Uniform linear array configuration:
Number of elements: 64
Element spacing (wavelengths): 1
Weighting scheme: cosine
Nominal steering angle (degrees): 0
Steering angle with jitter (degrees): -1.796
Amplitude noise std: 0.05
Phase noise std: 0.05

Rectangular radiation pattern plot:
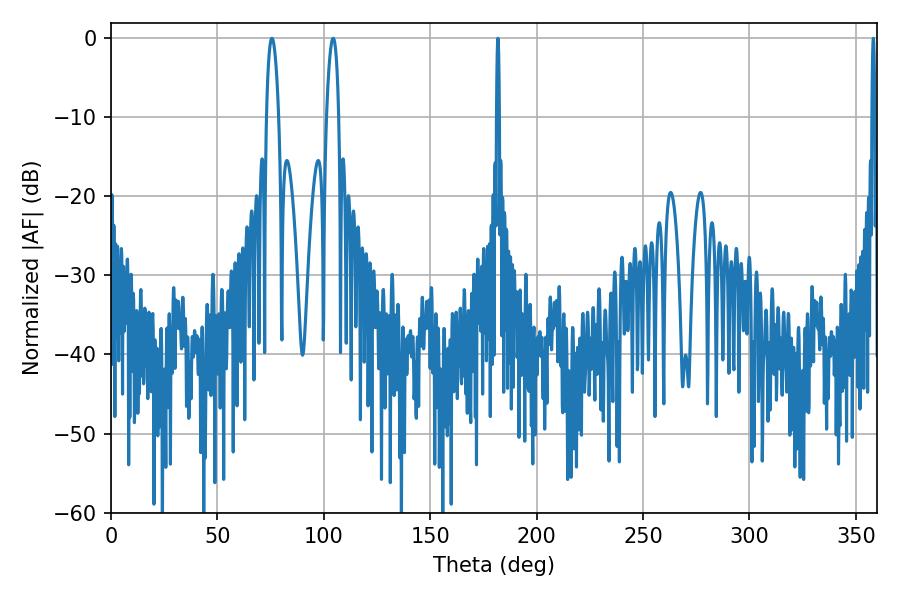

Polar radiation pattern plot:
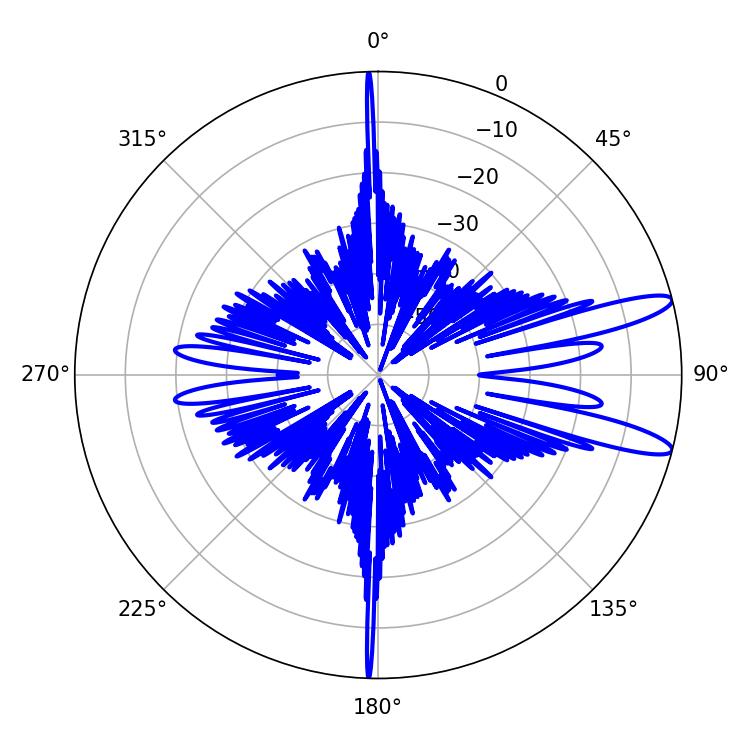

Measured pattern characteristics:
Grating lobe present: TRUE
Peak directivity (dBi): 12.233
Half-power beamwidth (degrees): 0.72
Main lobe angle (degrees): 181.8